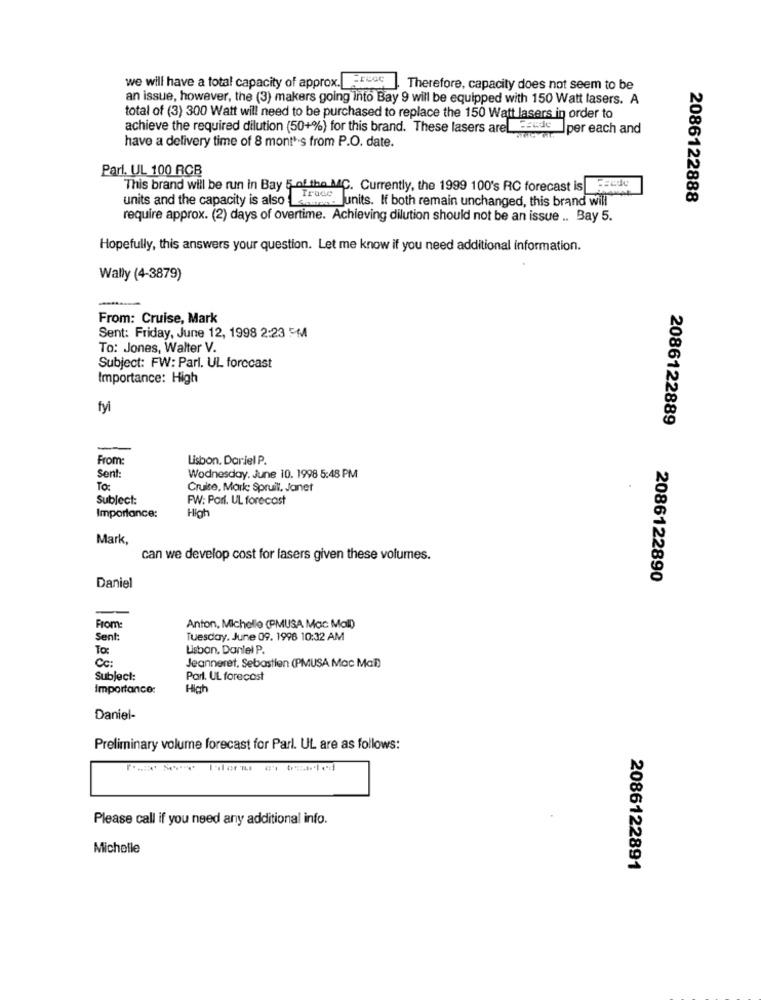
we will have a total capacity of approx. FreGE . Therefore, capacity does not seem to be
an issue, however, the (3) makers going Into Bay 9 will be equipped with 150 Watt lasers. A
total of (3) 300 Watt will need to be purchased to replace the 150 Watt lasers in order to
achieve the required dilution (50+%) for this brand. These lasers arel=sede_per each and
have a delivery time of 8 months from P.O. date.
Pari, UL 100 RCB
This brand will be run in Bay 5_of the MC. Currently, the 1999 100's RC forecast is
units and the capacity is also Lachen. Junits. If both remain unchanged, this brand will
2086122888
require approx. (2) days of overtime. Achieving dilution should not be an issue .. Bay 5.
Hopefully, this answers your question. Let me know if you need additional information.
Wally (4-3879)
From: Cruise, Mark
Sent: Friday, June 12, 1998 2:23 5M
To: Jones, Walter V.
Subject: FW: Parl. UL forecast
Importance: High
fyi
2086122889
-
From:
Lisbon. Dariel P.
Sent:
Wodnesday. June 10. 1998 5:48 PM
To:
Cruise, Mark: Spruill, Janet
Subject:
FW: Part. UL forecast
High
Importance:
Mark,
can we develop cost for lasers given these volumes.
2086122890
Daniel
From:
Anton, Michello (PMUSA Mac Mall)
Sent:
Tuesday, June 09. 1996 10:32 AM
To:
Usban. Daniel P.
Cc:
Jeanneret, Sebastien (PMUSA Mac Mal)
Subject:
Part. UL forecast
Importance:
High
Daniel-
Preliminary volume forecast for Parl. UL are as follows:
Please call if you need any additional info.
Michelle
2086122891